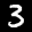
Label: 3